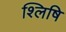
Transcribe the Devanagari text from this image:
श्लिषि